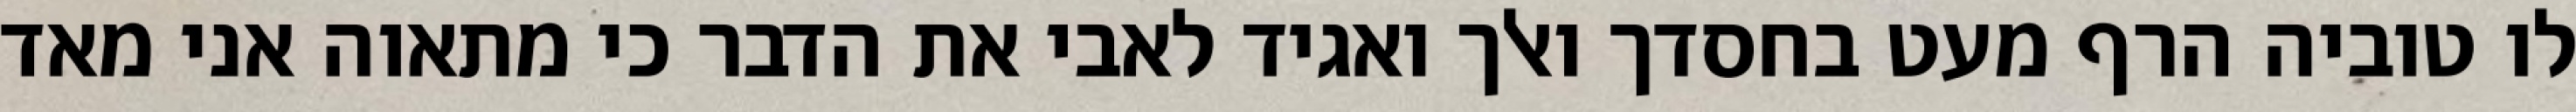
לו טוביה הרף מעט בחסדך ואלך ואגיד לאבי את הדבר כי מתאוה אני מאד